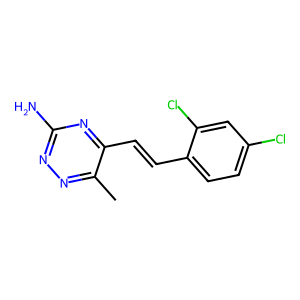
SMILES: Cc1nnc(N)nc1C=Cc1ccc(Cl)cc1Cl
Inhibits HIV replication: No